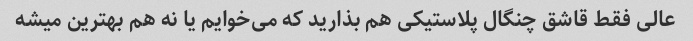
عالی فقط قاشق چنگال پلاستیکی هم بذارید که می‌خوایم یا نه هم بهترین میشه